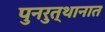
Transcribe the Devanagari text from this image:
पुनरुत्थानात